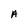
Character: A